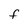
Character: F